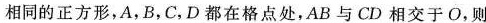
相同的正方形，A，B，C，D都在格点处，AB与CD相交于O，则